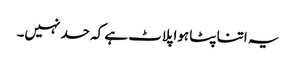
یہ اتنا پٹا ہوا پلاٹ ہے کہ حد نہیں۔